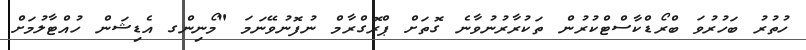
ހުތުރު ބަހުރުވަ ބްރޯޑްކާސްޓްކުރުން ތަކުރާރުނުވާނެ ގޮތަށް ޕްރޮގްރާމް ނުފޮނުވޭނަމަ "މޯނިންގ އެޑިޝަން ހުއްޓާލުމަށް